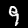
Digit: 9